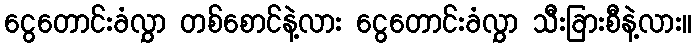
ငွေတောင်းခံလွှာ တစ်စောင်နဲ့လား ငွေတောင်းခံလွှာ သီးခြားစီနဲ့လား။